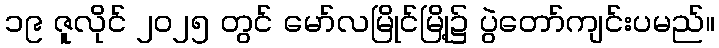
၁၉ ဇူလိုင် ၂၀၂၅ တွင် မော်လမြိုင်မြို့၌ ပွဲတော်ကျင်းပမည်။